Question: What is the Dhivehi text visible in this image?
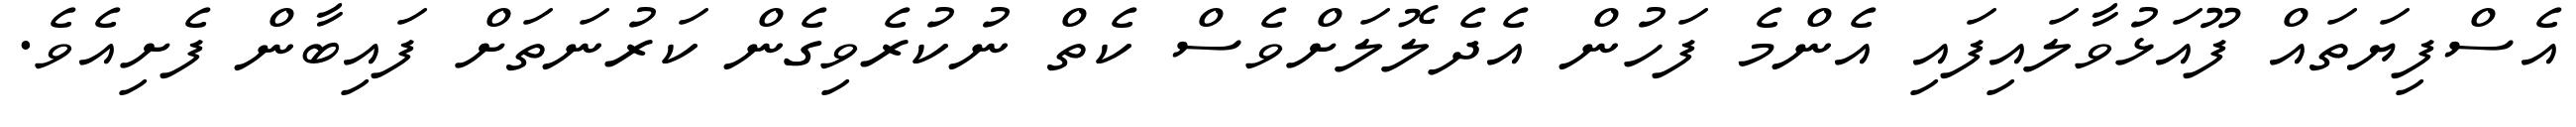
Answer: އެސްފިޔަތައް ފޫއަޅުވާލައިފައި އެންމެ ފަހުން އެދެލޮލަށްވެސް ކެތް ނުކުރެވިގެން ކަރުނަތަށް ފައިބާން ފެށިއެވެ.